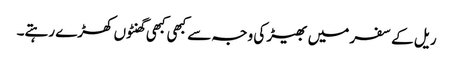
ریل کے سفر میں بھیڑ کی وجہ سے کبھی کبھی گھنٹوں کھڑے رہتے۔